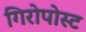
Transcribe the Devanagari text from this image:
गिरोपोस्ट